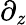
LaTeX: \partial_{\mathit{z}}